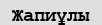
Жапиұлы